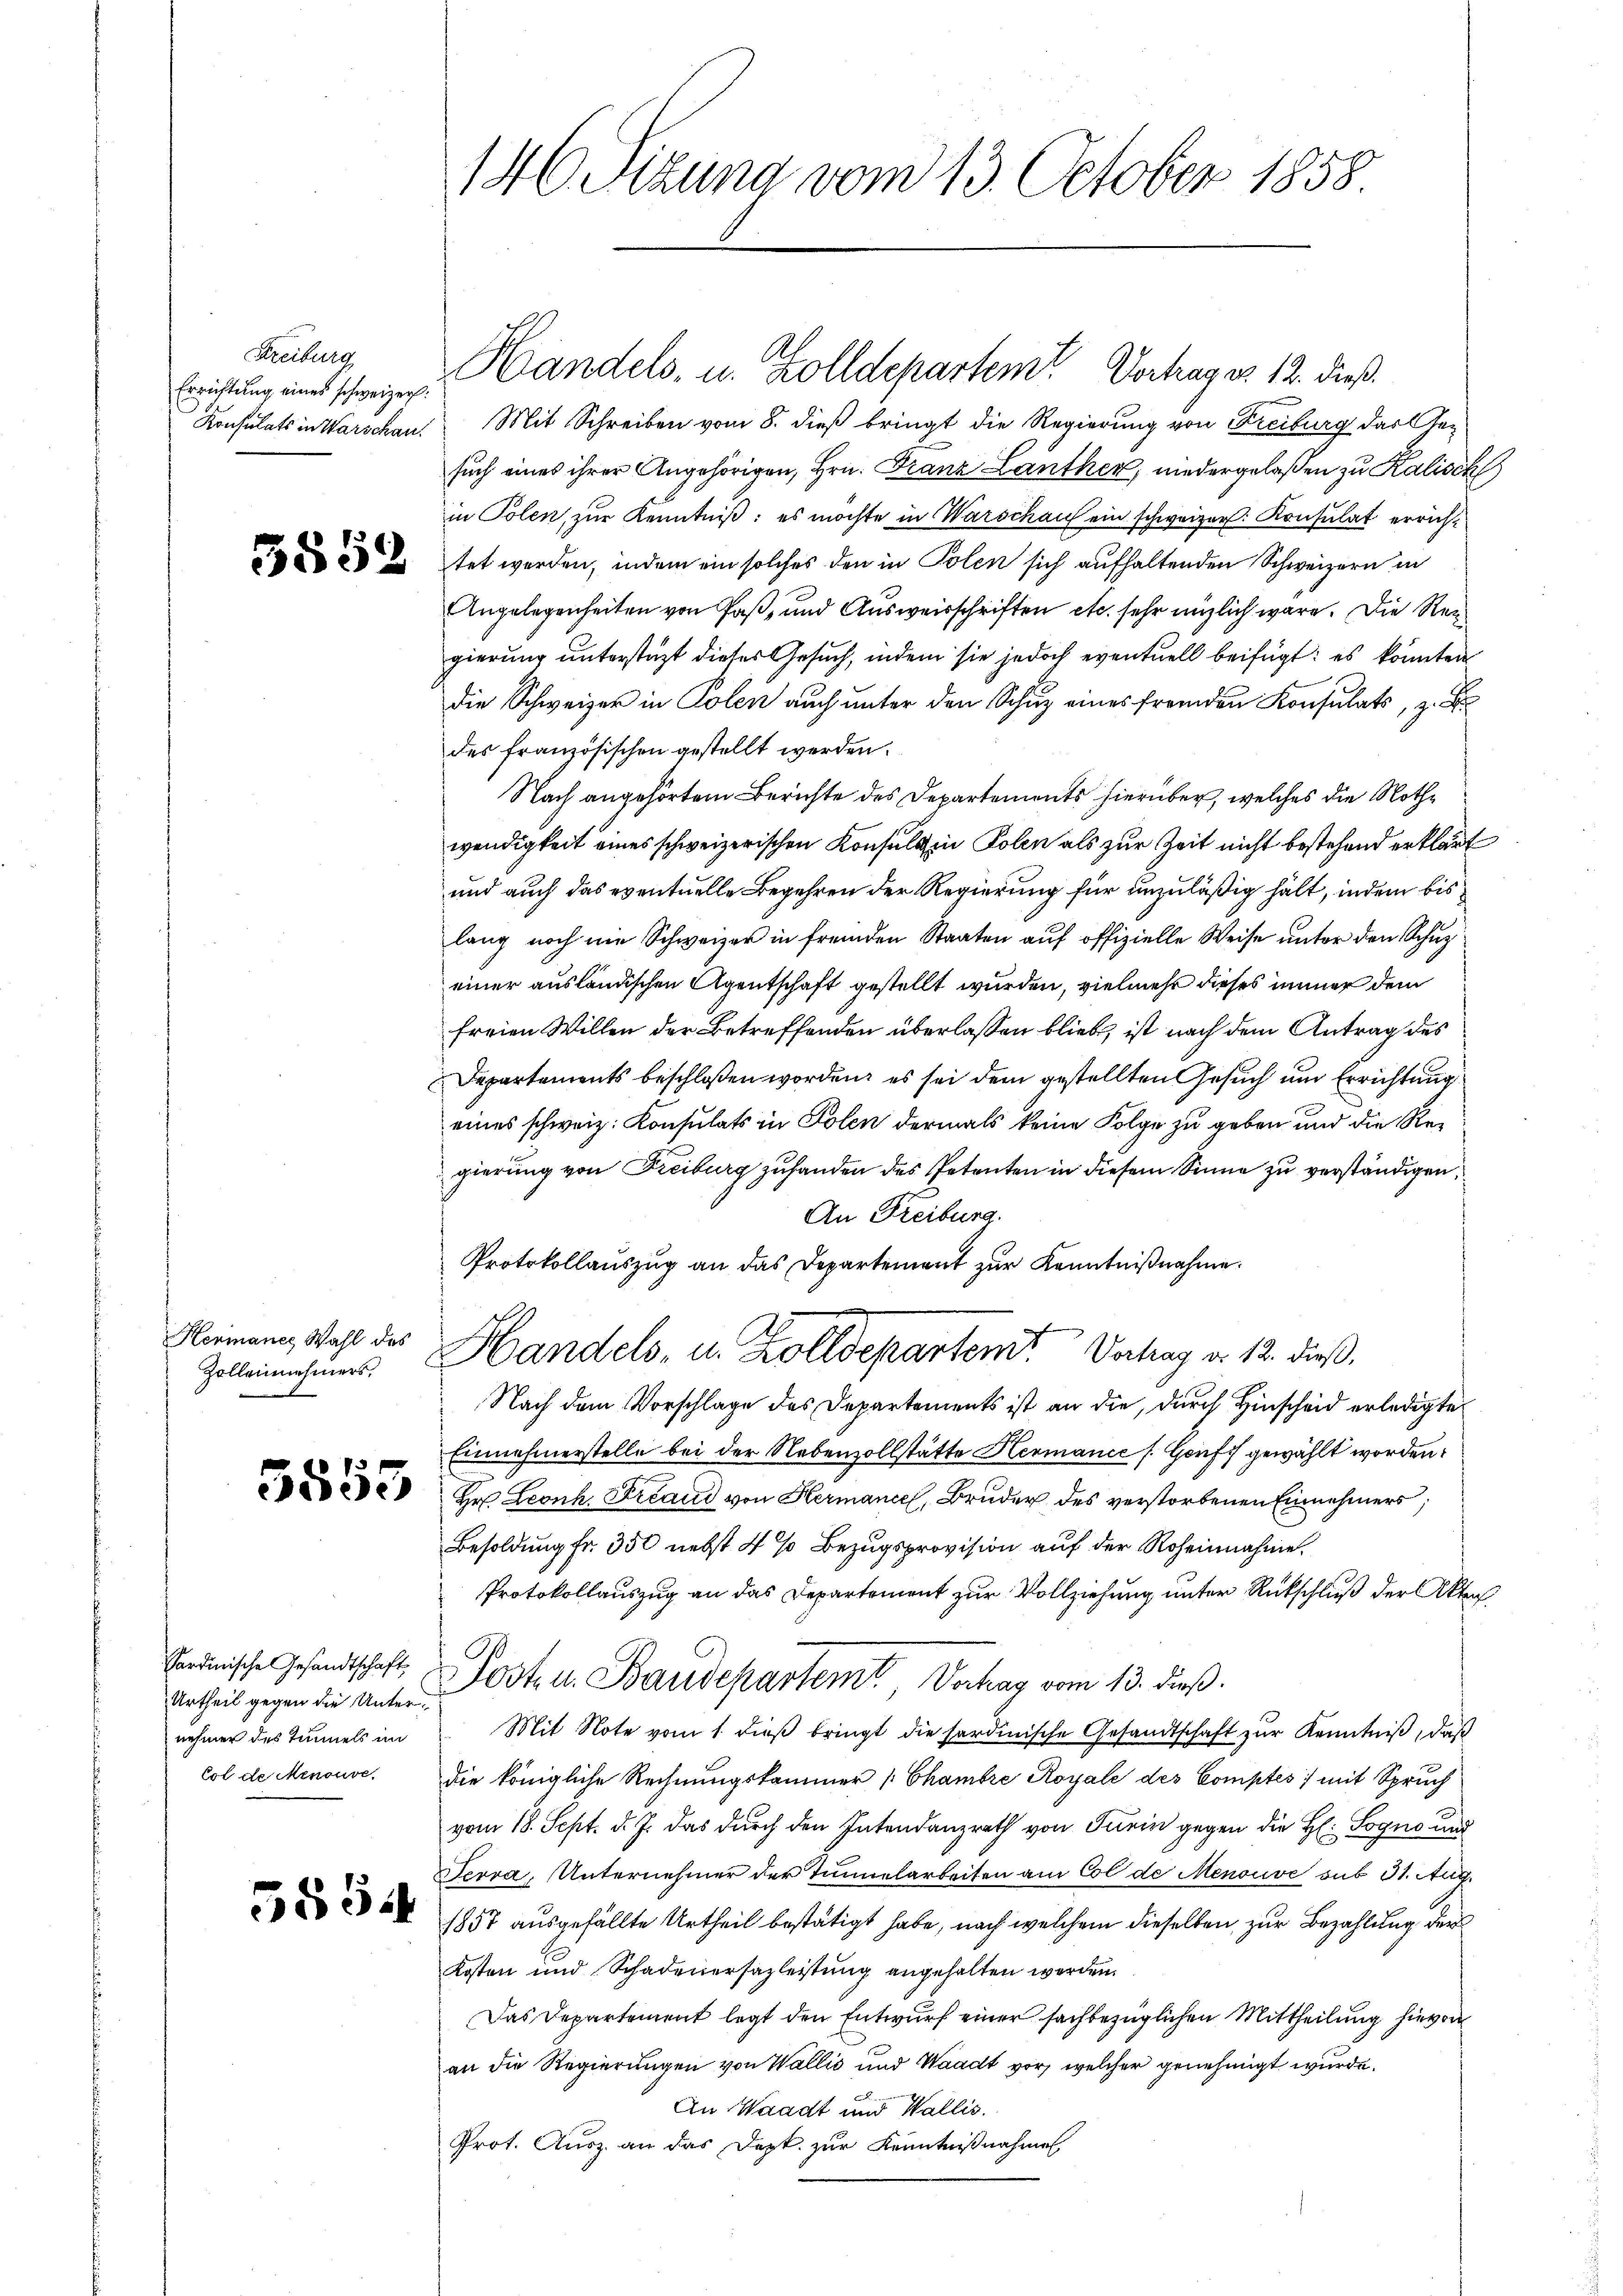
Freiburg
Errichtung eines schweizer:
Konsulats in Warschau.

3852

Hermanes Wahl des
Zolleinehmers,
1

5553

Sardinische Gesandtschaft,
Urtheil gegen die Unternehmer des Timels im
Col de Menouve

5834

146. Sizung vom 13. October 1858

Mit Schreiben vom 8. dieß bringt die Regierung von Freiburg das Gesuch eines ihrer Angehörigen, Hrn. Franz Lanther, niedergelaßen zu Kalisch
in Polen, zur Kenntniß: es möchte in Warschau ein schweizer. Konsulat errichtet werden, indem ein solches den in Polen sich aufhaltenden Schweizern in
Angelegenheiten von Paß, und Ausweisschriften etc. sehr möglich wäre. Die Reggierung unterstüzt dieses Gesuch, indem sie jedoch eventuell beifügt: es könnten
die Schweizer in Polen auch unter den Schuz eines fremden Konsulats, z. B
des französischen gestellt werden.
Nach angehörtem Berichte des Departements hierüber, welches die Nothe
wendigkeit eines schweizerischen Konsuls in Polen als zur Zeit nicht bestehend erklärt
und auch das eventuelle Begehren der Regierung für unzuläßig hält, indem bis
lang noch im Schweizer in fremden Staaten auf offizielle Weise unter den Schuzeiner ausländischen Agentschaft gestellt wurden, vielmehr dieses immer dem
freien Willen der Betreffenden überlassen blieb, ist nach dem Antrag des
Departements beschloßen worden, es sei dem gestellten Gesuch und Errichtung
eines schweiz. Konsulats in Polen dermals keine Folge zu geben und die Regierung von Freiburg zufanden des Petenten in diesem Sinne zu verständigen,
An Freiburg.
Protokollauszug an das Departement zur Kenntnißnahme.
Handels, u. Zolldepartem Vorhag d. 12. dieß.
Nach dem Vorschlage des Departements ist an die, durch Hinscheid erledigte
Einnahmerstelle bei der Nebenzollstätte Hermanie s. Genf gewählt worden:
Hr. Leonh. Freaud von Hermance, Bruder des verstorbenen Einnehmers,
Besoldung fr. 350 nebst 4 % Bezugsprovision auf der Roheinnahme.
Protokollauszug an das Departement zur Vollziehung unter Rückschluß der Akten
Post- u. Baudepartemt Vorhag vom 13. dieß.
Mit Note vom 1. dieβ bringt die sardinische Gesandtschaft zur Kenntniß, daß
die königliche Rechnungskammer [Chambre Royale des Comptes) mit Spruch
vom 18. Sept. d. J. das durch den Intendanzrath von Turin gegen die H: Sogne und
Terra, Unternehmer der Tunnelarbeiten am Col de Menouve sub 31. Aug.
1857 ausgefällte Urtheil bestätigt habe, nach welchem dieselben zur Bezahlung der
Kosten und Schadenersazleistung angehalten werden.
Das Departement legt den Entwurf einer sachbezüglichen Mittheilung hievon
an die Regierungen von Wallis und Waadt vor, welcher genehmigt wurde.
An Waadt und Wallis.
Prot. Ausz an das Depk. zur Kenntnißnahme

Handels, u. Zolldepartem Vertrages 12. dieß.